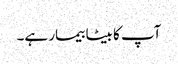
آپ کا بیٹا بیمار ہے۔